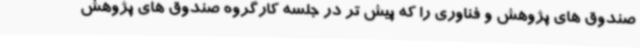
صندوق های پژوهش و فناوری را که پیش تر در جلسه کارگروه صندوق های پژوهش